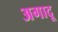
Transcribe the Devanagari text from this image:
अगादू